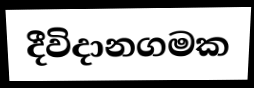
දීවිදානගමක